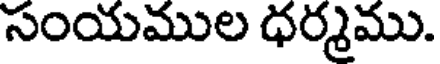
సంయముల ధర్మము.